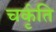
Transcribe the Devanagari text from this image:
चर्कृति